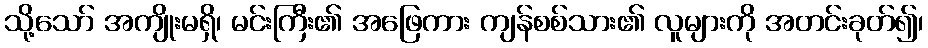
သို့သော် အကျိုးမရှိ၊ မင်းကြီး၏ အဖြေကား ကျန်စစ်သား၏ လူများကို အတင်းခုတ်၍၊